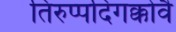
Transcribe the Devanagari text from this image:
तिरुप्पदिगक्कोवै